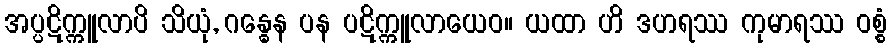
အပ္ပဋိက္ကူလာပိ သိယုံ, ဂန္ဓေန ပန ပဋိက္ကူလာယေဝ။ ယထာ ဟိ ဒဟရဿ ကုမာရဿ ဝစ္စံ